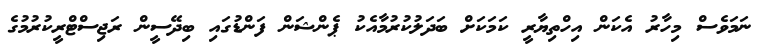
ނަމަވެސް މިހާރު އެކަން އިހްތިޔާރީ ކަމަކަށް ބަދަލުކުރުމާއެކު ޕެންޝަން ފަންޑުގައި ބިދޭސީން ރަޖިސްޓްރީކުރުމުގެ